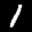
Label: 1